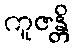
ကူဇန္တိ